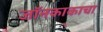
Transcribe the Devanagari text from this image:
जॉनकाकाचा